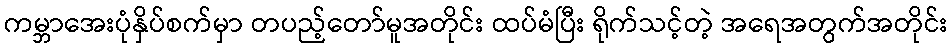
ကမ္ဘာအေးပုံနှိပ်စက်မှာ တပည့်တော်မူအတိုင်း ထပ်မံပြီး ရိုက်သင့်တဲ့ အရေအတွက်အတိုင်း